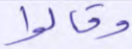
وقالوا